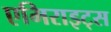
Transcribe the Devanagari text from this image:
एमिराइट्स